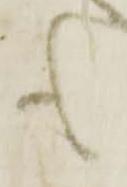
も